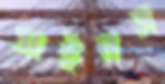
সাইনস